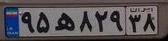
۹۵ه۹۲۹۳۸